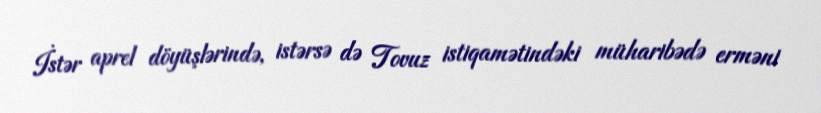
İstər aprel döyüşlərində, istərsə də Tovuz istiqamətindəki müharibədə erməni